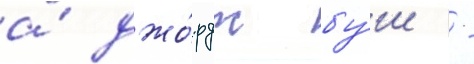
а́ джо́рдж бу́ш -